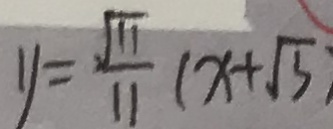
y = \frac { \sqrt { 1 1 } } { 1 1 } ( x + \sqrt { 3 } )